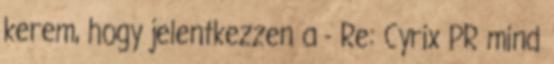
kerem, hogy jelentkezzen a - Re: Cyrix PR mind